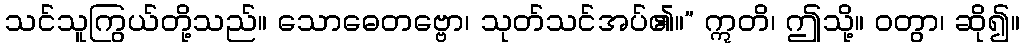
သင်သူကြွယ်တို့သည်။ သောဓေတဗ္ဗော၊ သုတ်သင်အပ်၏။” ဣတိ၊ ဤသို့။ ဝတွာ၊ ဆို၍။